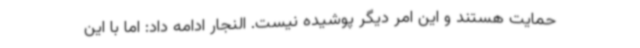
حمایت هستند و این امر دیگر پوشیده نیست. النجار ادامه داد: اما با این